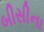
બીસીના